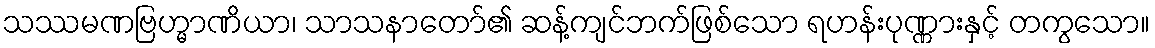
သဿမဏဗြဟ္မာဏိယာ၊ သာသနာတော်၏ ဆန့်ကျင်ဘက်ဖြစ်သော ရဟန်းပုဏ္ဏားနှင့် တကွသော။